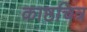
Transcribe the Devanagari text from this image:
काष्ठचित्र